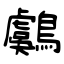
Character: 鸆